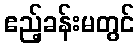
ဧည့်ခန်းမတွင်